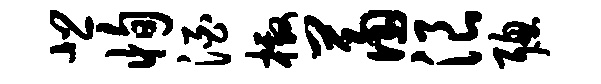
悲恂酒檄萧浪聪